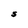
Character: S